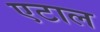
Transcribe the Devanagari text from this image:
एटाल